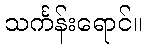
သင်္ကန်းရောင်။